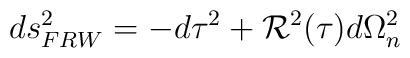
ds^2_{FRW} =-d\tau^2 +{\cal R}^2(\tau)d\Omega_n^2